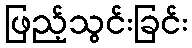
ဖြည့်သွင်းခြင်း